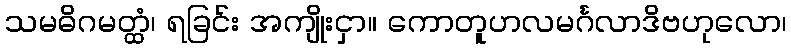
သမဓိဂမတ္ထံ၊ ရခြင်း အကျိုးငှာ။ ကောတူဟလမင်္ဂလာဒိဗဟုလော၊